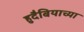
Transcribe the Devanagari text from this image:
हुदैबियाच्या